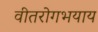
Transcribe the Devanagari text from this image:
वीतरोगभयाय